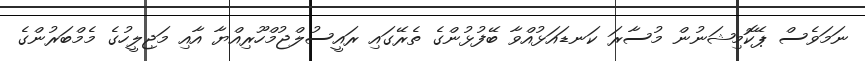
ނަމަވެސް ޕޭކޮމިޝަނުން މުސާރަ ކަނޑައަޅުއްވާ ބޭފުޅުންގެ ތެރޭގައި ރައީސުލްޖުމްހޫރިއްޔާ އާއި މަޖިލީހުގެ މެމްބަރުންގެ